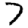
Digit: 7